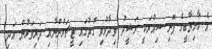
އެ ކާމިޔާބީގެ ފޮނި ސިއްރަކީ ރަޝީދު ވިދާޅުވި ގޮތުގައި ޓީޗަރުންނާއި ދަރިވަރުން އަދި